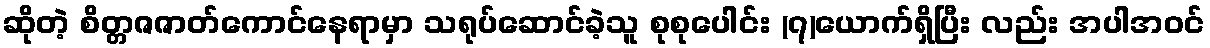
ဆိုတဲ့ စိတ္တဇဇာတ်ကောင်နေရာမှာ သရုပ်ဆောင်ခဲ့သူ စုစုပေါင်း (၇)ယောက်ရှိပြီး လည်း အပါအဝင်